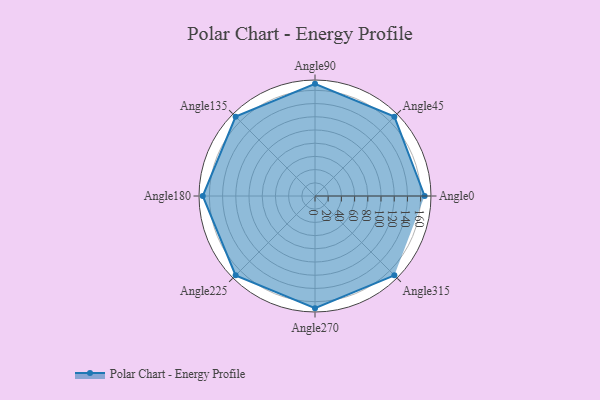
{"axis": {"x": "Angle", "y": "Radius"}, "legend": [""], "data": [{"x": "Angle0", "y": 166.0, "type": ""}, {"x": "Angle45", "y": 170.0, "type": ""}, {"x": "Angle90", "y": 170, "type": ""}, {"x": "Angle135", "y": 170, "type": ""}, {"x": "Angle180", "y": 170, "type": ""}, {"x": "Angle225", "y": 170, "type": ""}, {"x": "Angle270", "y": 170, "type": ""}, {"x": "Angle315", "y": 170, "type": ""}]}